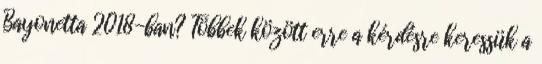
Bayonetta 2018-ban? Többek között erre a kérdésre keressük a